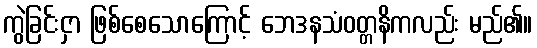
ကွဲခြင်းငှာ ဖြစ်စေသောကြောင့် ဘေဒနသံဝတ္တနိကလည်း မည်၏။